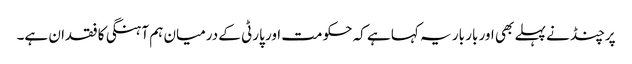
پرچنڈ نے پہلے بھی اور بار بار یہ کہا ہے کہ حکومت اور پارٹی کے درمیان ہم آہنگی کا فقدان ہے۔